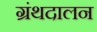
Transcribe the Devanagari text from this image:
ग्रंथदालन